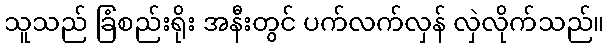
သူသည် ခြံစည်းရိုး အနီးတွင် ပက်လက်လှန် လှဲလိုက်သည်။